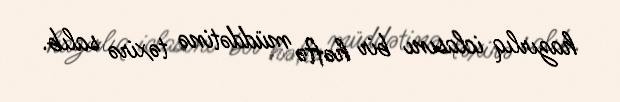
hazırlıq iclasını bir həftə müddətinə təxirə salıb.